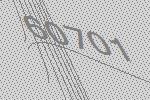
60701